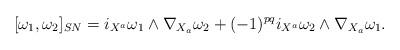
LaTeX: \begin{align*}[\omega_1,\omega_2]_{SN}=i_{X^a}\omega_1\wedge\nabla_{X_a}\omega_2+(-1)^{pq}i_{X^a}\omega_2\wedge\nabla_{X_a}\omega_1.\end{align*}